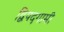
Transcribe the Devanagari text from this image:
द्विपदगामी